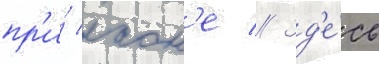
пр'и́ лаон'е // Зд'е́сь